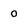
Character: o